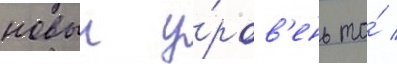
новыи у́ров'ень то́ /